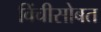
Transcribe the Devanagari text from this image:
विंचीसोबत